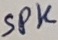
Text: SPK